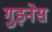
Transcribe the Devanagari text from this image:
गुइनेस